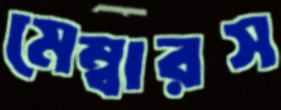
মেম্বারস